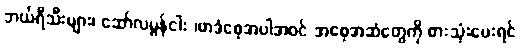
ဘယ်ရီသီးများ၊ ဆော်လမွန်ငါး ၊ဗာဒံစေ့အပါအဝင် အစေ့အဆံတွေကို စားသုံးပေးရင်